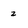
Character: 2